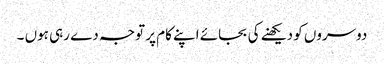
دوسروں کو دیکھنے کی بجائے اپنے کام پر توجہ دے رہی ہوں ۔